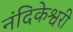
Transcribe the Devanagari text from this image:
नंदिकेश्वरी